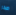
صدر